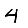
Digit: 4